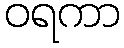
ဝရကာ